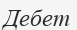
Дебет